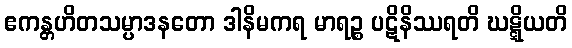
ဧကန္တဟိတသမ္ပာဒနတော ဒါနိမကရ မာရဉ္စ ပဋိနိဿရတိ ဃဋ္ဋိယတိ